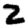
Digit: 2